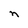
Character: n